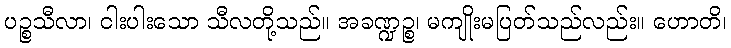
ပဉ္စသီလာ၊ ငါးပါးသော သီလတို့သည်။ အခဏ္ဍဉ္စ၊ မကျိုးမပြတ်သည်လည်း။ ဟောတိ၊